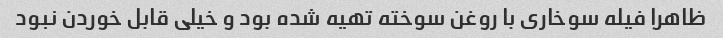
ظاهرا فیله سوخاری با روغن سوخته تهیه شده بود و خیلی قابل خوردن نبود